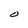
Character: O